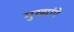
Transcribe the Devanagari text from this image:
मुख्यांगे